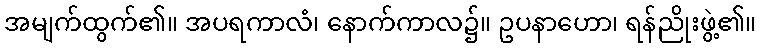
အမျက်ထွက်၏။ အပရကာလံ၊ နောက်ကာလ၌။ ဥပနာဟော၊ ရန်ညိုးဖွဲ့၏။